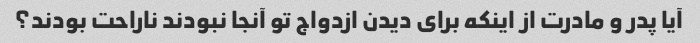
آیا پدر و مادرت از اینکه برای دیدن ازدواج تو آنجا نبودند ناراحت بودند؟